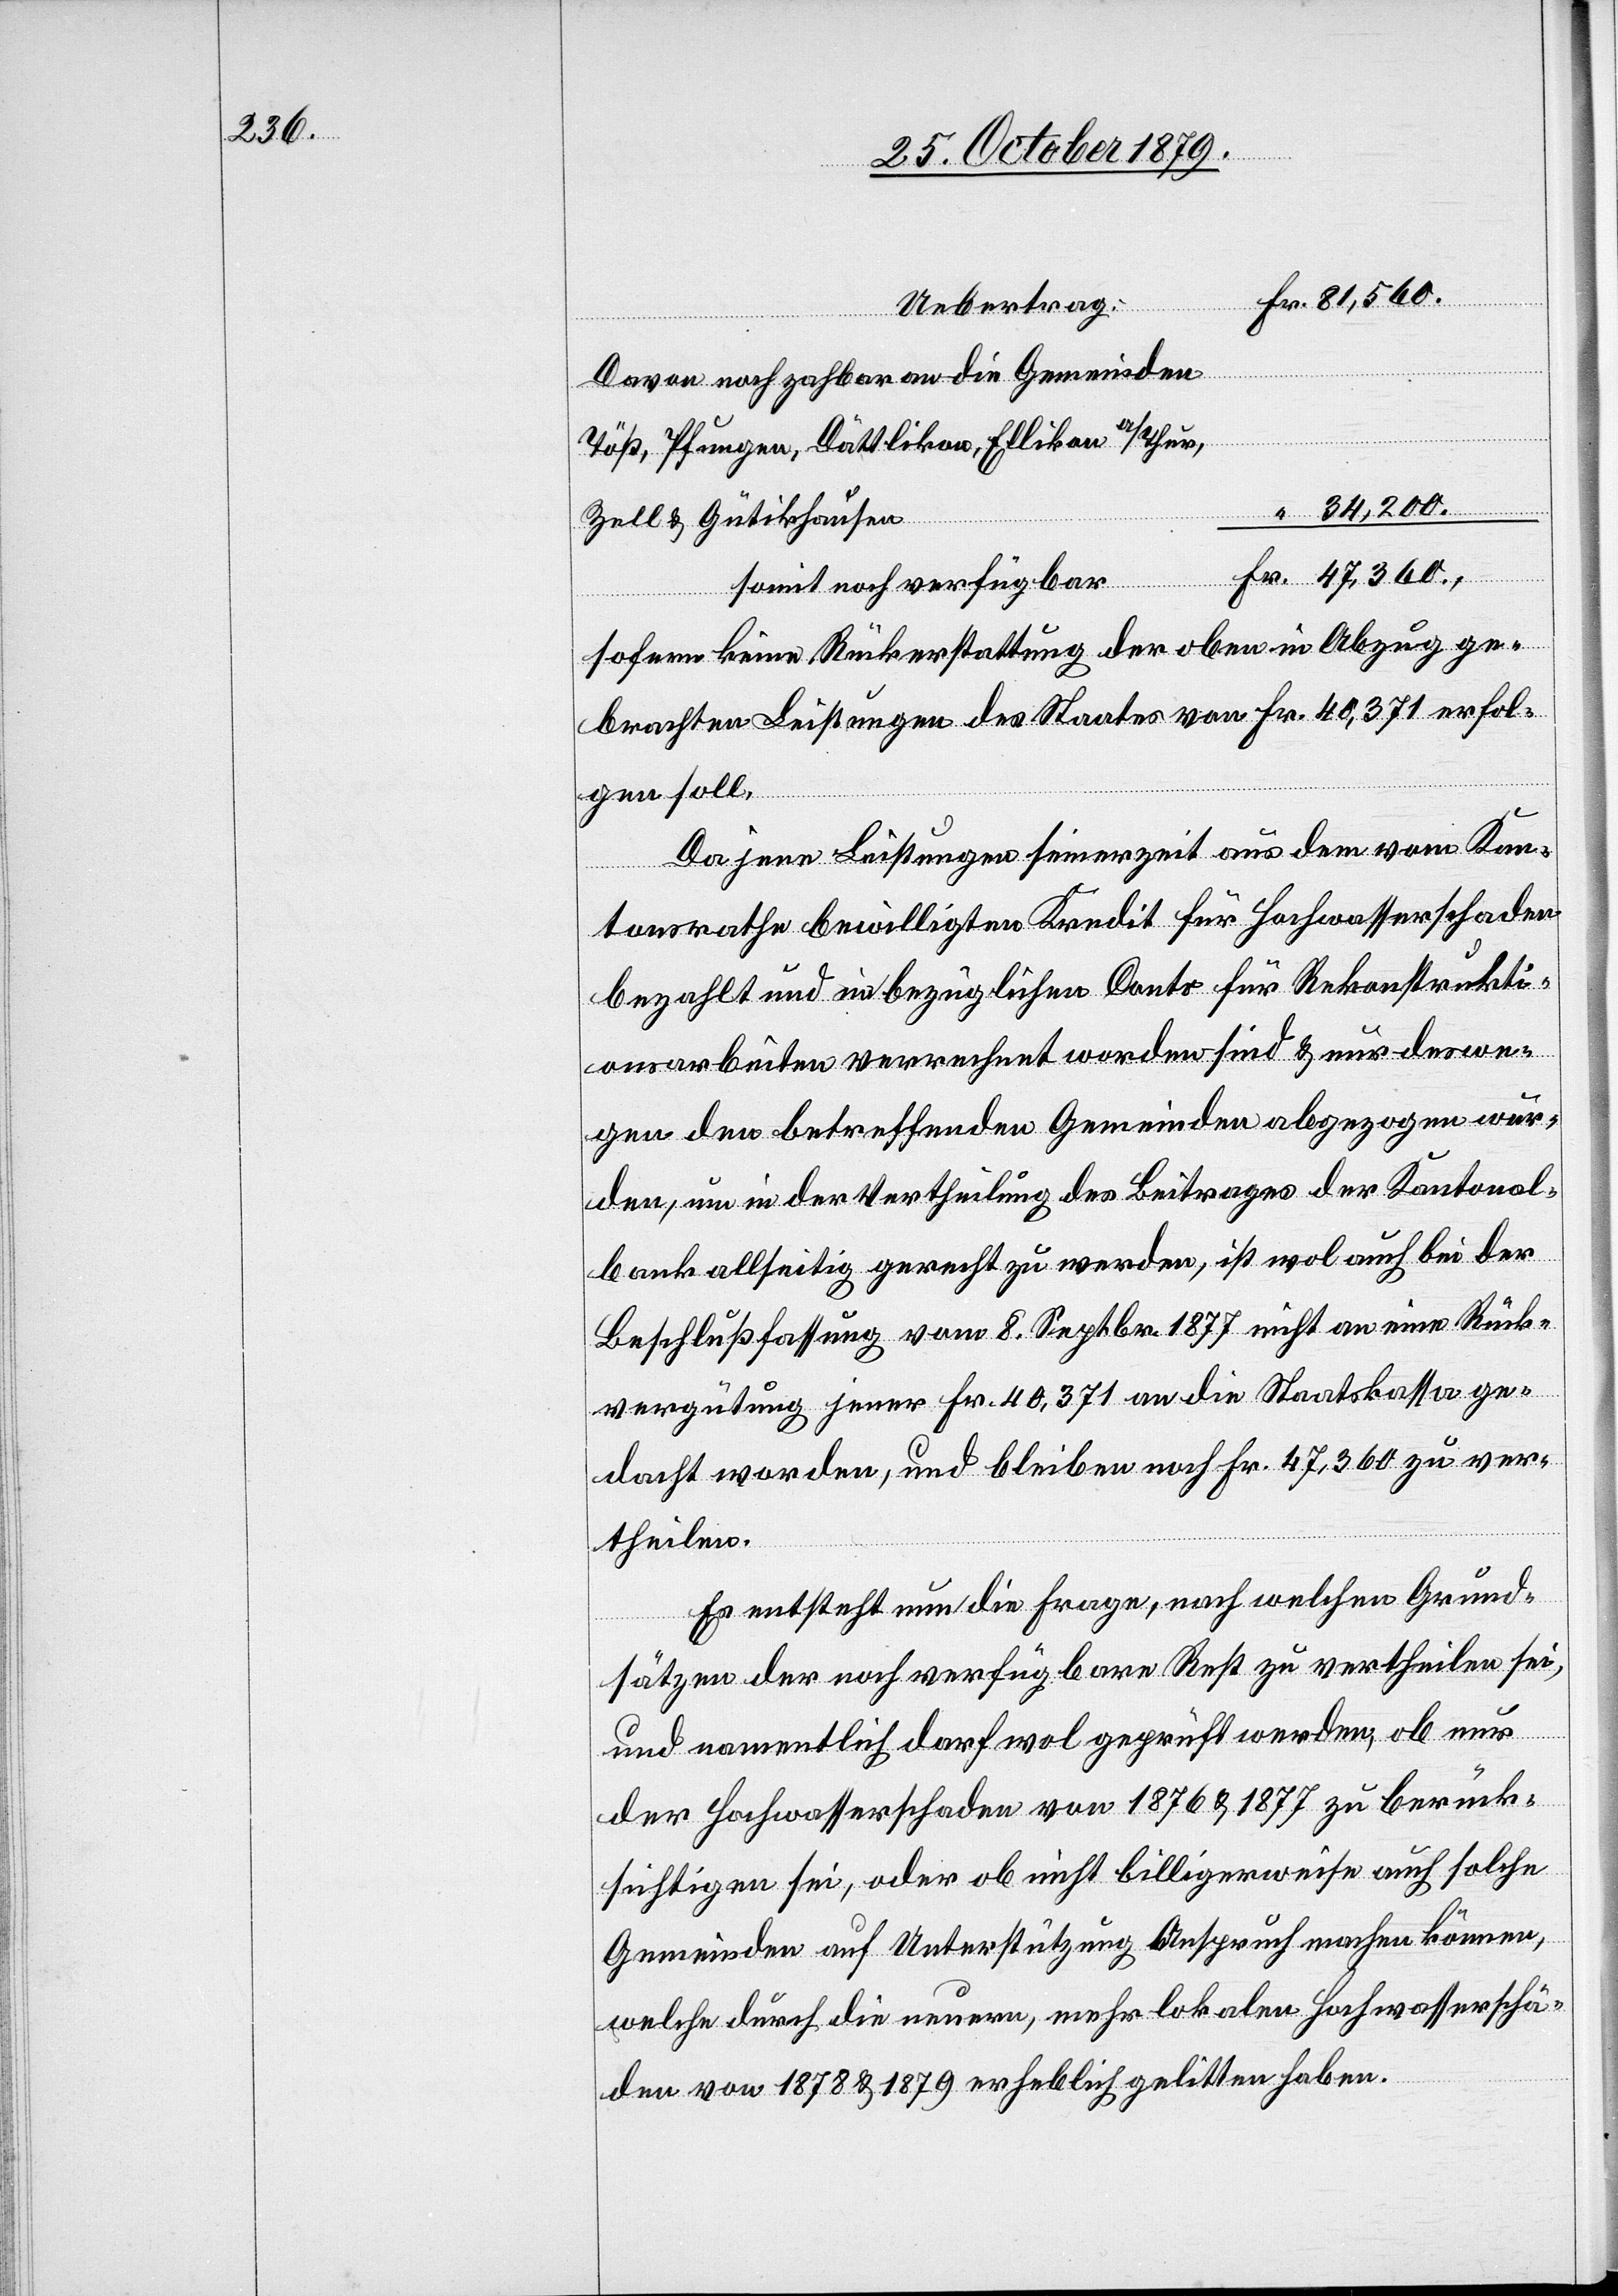
Fr. 81,560.
Uebertrag:
Davon noch zah[l]bar an die Gemeinden
Töß, Pfungen, Dättlikon, Ellikon a/Thur,
“ 34,200.
Zell & Gütikhausen
Fr. 47,360.,
somit noch verfügbar
sofern keine Rückerstattung der oben in Abzug ge¬
brachten Leistungen des Staates von Fr. 40,371 erfol¬
gen soll.
Da jene Leistungen finanziert aus dem vom Kan¬
tonsrathe bewilligten Kredit für Hochwasserschaden
bezahlt und im bezüglichen Conto für Rekonstrukti¬
onsarbeiten verrechnet worden sind & nur deswe¬
gen den betreffenden Gemeinden abgezogen wur¬
den, um in der Vertheilung des Beitrages der Kantonal¬
bank allseitig gerecht zu werden, ist wol auch bei der
Beschlußfassung vom 8. Septbr. 1877 nicht an eine Rück¬
vergütung jener Fr. 40,371 an die Staatskasse ge¬
dacht worden, und bleiben noch Fr. 47,360 zu ver¬
theilen.
Es entsteht nun die Frage, nach welchen Grund¬
sätzen der noch verfügbare Rest zu vertheilen sei,
und namentlich darf wol geprüft werden, ob nur
der Hochwasserschaden von 1876 & 1877 zu berück¬
sichtigen sei, oder ob nicht billigerweise auch solche
Gemeinden auf Unterstützung Anspruch machen können,
welche durch die neuen, mehr lokalen Hochwasserscha¬
den von 1878 & 1879 erheblich gelitten haben.